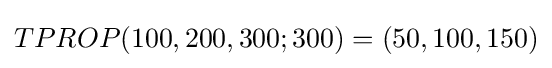
TPROP(100,200,300;300)=(50,100,150)